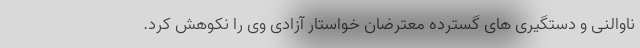
ناوالنی و دستگیری های گسترده معترضان خواستار آزادی وی را نکوهش کرد.